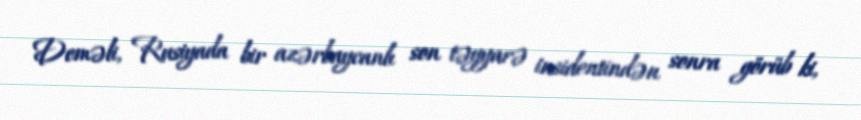
Deməli, Rusiyada bir azərbaycanlı son təyyarə insidentindən sonra görüb ki,